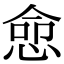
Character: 㥐